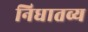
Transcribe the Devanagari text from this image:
निधातव्य